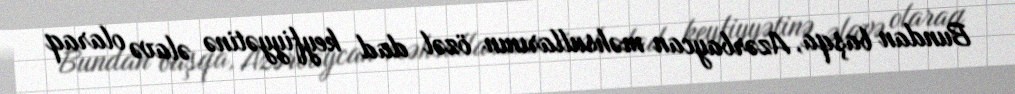
Bundan başqa, Azərbaycan məhsullarının özəl dad keyfiyyətinə əlavə olaraq